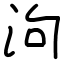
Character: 泃